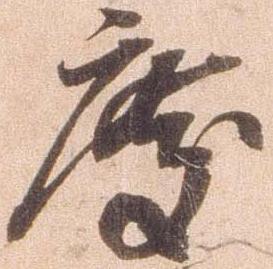
度